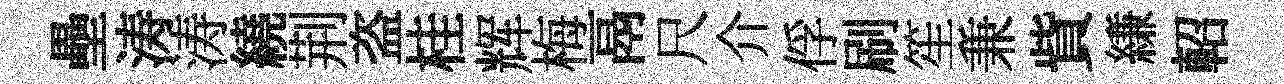
壘涛涛繞荆盗桂辉梅鬲尺介俘刷笙兼貲縑軺